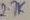
Text: 2.7K